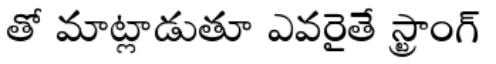
తో మాట్లాడుతూ ఎవరైతే స్ట్రాంగ్